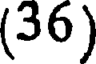
(36)